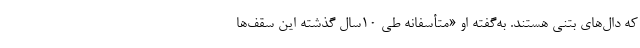
که دال‌های بتنی هستند. به‌گفته او «متأسفانه طی ۱۰سال گذشته این سقف‌ها